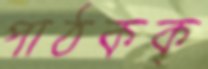
পাঠকক্